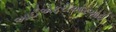
આઈએફરીઆરઆઈ